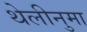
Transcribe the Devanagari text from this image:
थेलीनुमा